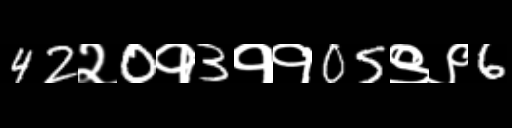
Text: 42२0१3११05९९6